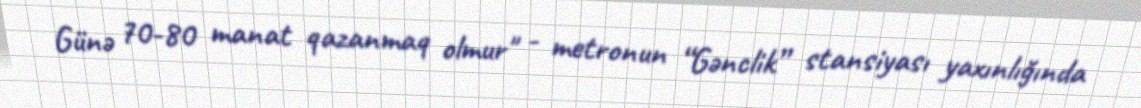
Günə 70-80 manat qazanmaq olmur" - metronun “Gənclik” stansiyası yaxınlığında